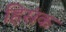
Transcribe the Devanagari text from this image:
हिसंक